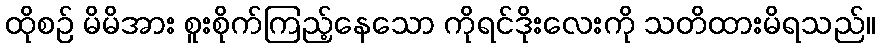
ထိုစဉ် မိမိအား စူးစိုက်ကြည့်နေသော ကိုရင်ဒိုးလေးကို သတိထားမိရသည်။